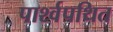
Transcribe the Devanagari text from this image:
पार्श्वपथित